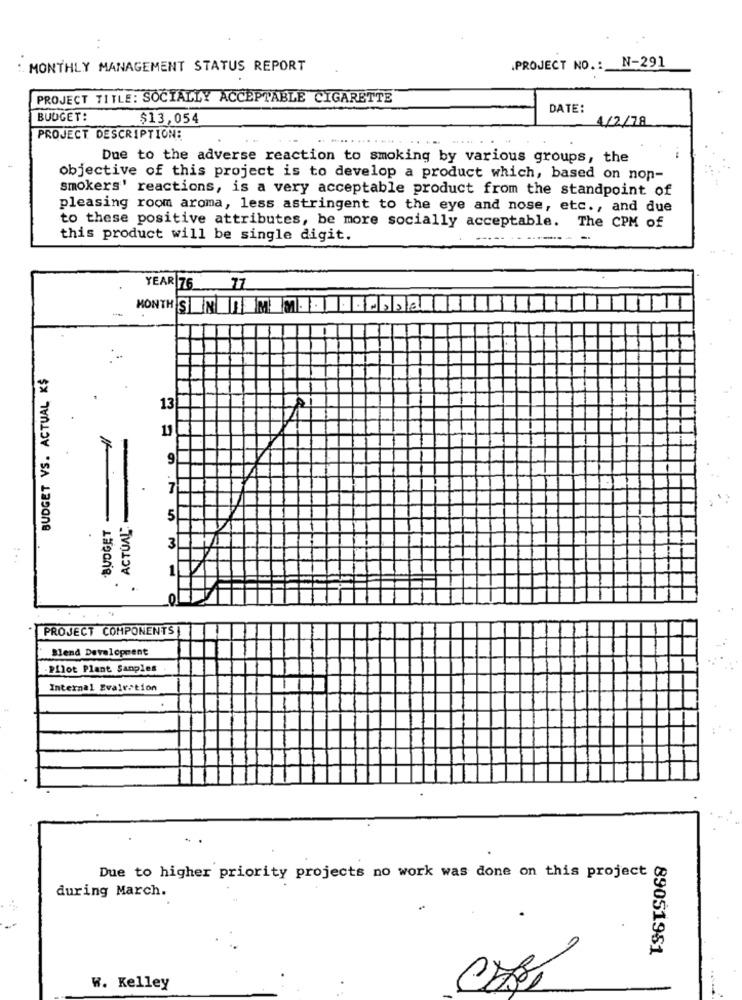
..
.PROJECT NO .: N-291
. MONTHLY MANAGEMENT STATUS REPORT
PROJECT TITLE: SOCIALLY ACCEPTABLE CIGARETTE
DATE:
BUDGET:
$13,054
4/2/78
PROJECT DESCRIPTION:
Due to the adverse reaction to smoking by various groups, the
objective of this project is to develop a product which, based on non-
smokers' reactions, is a very acceptable product from the standpoint of
pleasing room aroma, less astringent to the eye and nose, etc ., and due
to these positive attributes, be more socially acceptable.
The CPM of
this product will be single digit.
----- -
YEAR 76 77
-
MONTHS IN I M M ·· · MODEL
BUDGET VS. ACTUAL X$
A
13
11
9
7
BUDGET
. ACTUAL"
5
3
: ..
PROJECT COMPONENTS
Blend Development
Pilot Plant Samples
Internal Evalration
Due to higher priority projects no work was done on this project
during March.
89051981
W. Kelley